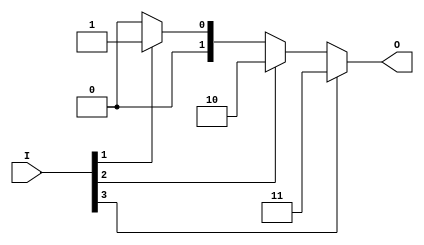
module relative_encoder (
    input wire [3:0] I,  // 4 input lines
    output reg [1:0] O   // 2-bit output
);

    always @(*) begin
        case (1'b1) // Check for the highest priority active input
            I[3]: O = 2'b11; // If I3 is active
            I[2]: O = 2'b10; // If I2 is active
            I[1]: O = 2'b01; // If I1 is active
            I[0]: O = 2'b00; // If I0 is active
            default: O = 2'b00; // No active inputs
        endcase
    end

endmodule